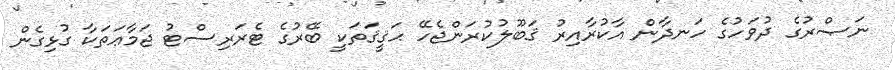
ނަޞްރުގެ ދުވަހުގެ ހަނދާން އާކުރާއިރު ޤަބޫލުކުރަންޖެހޭ ޙަޤީޤަތަކީ ބޭރުގެ ޓެރަރިސްޓު ޖަމާޢަތަކާ ގުޅިގެން